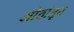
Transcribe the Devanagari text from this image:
ओठांतून